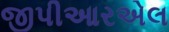
જીપીઆરએલ